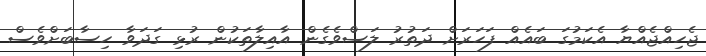
ޖެހިއްޖެއްޔާ އެކަމުގަ ބައެއް ފަހަރަށް ދަތުރު ލަސްވެގެން އާއިލާތަކުން ރުޅި ގަދަވާ ހިސާބަށްވެސް